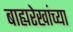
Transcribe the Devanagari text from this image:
बाह्यरेखांच्या